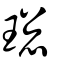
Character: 璁